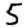
Digit: 5